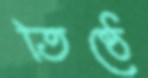
তিষ্ঠে